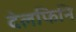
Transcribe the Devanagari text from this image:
देलफिनि